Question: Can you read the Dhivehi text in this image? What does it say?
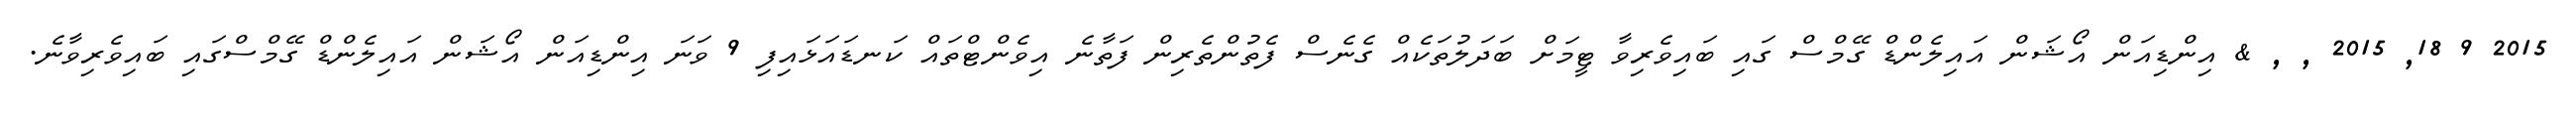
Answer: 2015 9 18, 2015 , , & އިންޑިއަން އޯޝަން އައިލެންޑް ގޭމްސް ގައި ބައިވެރިވާ ޓީމަށް ބަދަލުތަކެއް ގެނެސް ފެތުންތެރިން ފަތާނެ އިވެންޓްތައް ކަނޑައަޅައިފި 9 ވަނަ އިންޑިއަން އޯޝަން އައިލެންޑް ގޭމްސްގައި ބައިވެރިވާނެ.